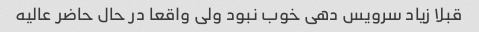
قبلا زیاد سرویس دهی خوب نبود ولی واقعا در حال حاضر عالیه